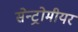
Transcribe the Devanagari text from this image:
सेन्ट्रोमीयर